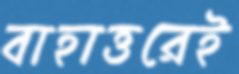
বাহাত্তরেই